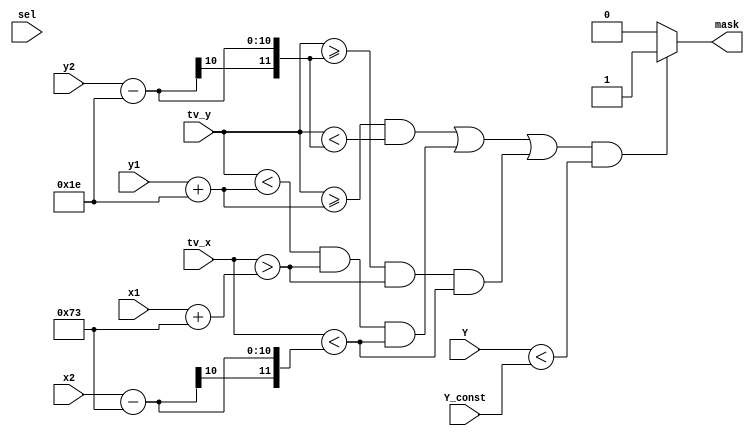
module MASK(
	input wire [7:0]Y,
	input wire [9:0]tv_x,
	input wire [9:0]tv_y,
	input wire [7:0]Y_const,
	input wire [3:0]sel,	
	input wire [9:0]x1,
	input wire [9:0]y1,
	input wire [9:0]x2,
	input wire [9:0]y2,	
	
	output reg mask
	);

reg [9:0]del_x = 115;
reg [9:0]del_y = 30;

wire [10:0]y1_add_del_y;
wire [10:0]x1_add_del_x;
wire signed [11:0]y2_sub_del_y;
wire signed [11:0]x2_sub_del_x;


assign	y1_add_del_y = y1 + del_y;
assign	x1_add_del_x = x1 + del_x;
assign	y2_sub_del_y = y2 - del_y;
assign	x2_sub_del_x = x2 - del_x;

always @(Y)
	begin
		
		if (( (tv_y >= y1_add_del_y)&&(tv_y < y2_sub_del_y)||
			((tv_y < y1_add_del_y)&&
			(tv_x > x1_add_del_x)&&(tv_x < x2_sub_del_x)) ||
			((tv_y >= y2_sub_del_y)&&
			(tv_x > x1_add_del_x)&&(tv_x < x2_sub_del_x)) )&&
			(Y < Y_const) )
//		if(Y < Y_const)
			mask = 1;	
		else
			mask = 0;		
	end 
endmodule